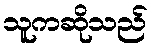
သူကဆိုသည်